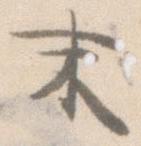
末